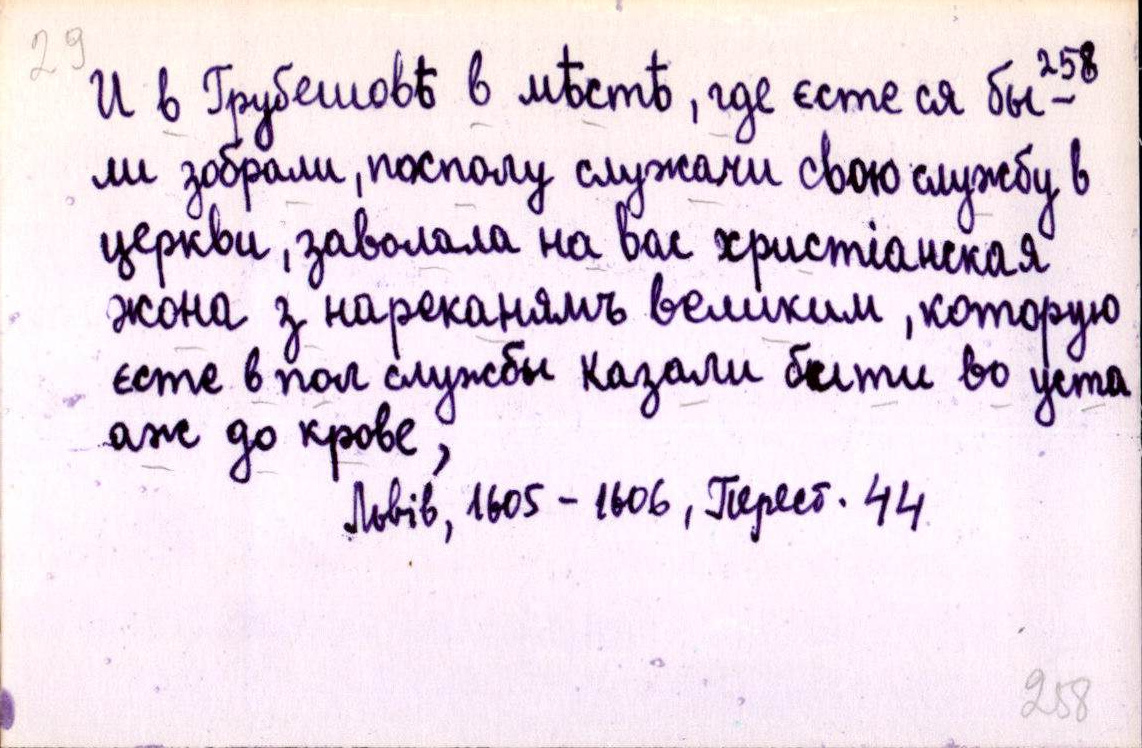
И в Грубешовѣ в мѣстѣ, где єсте ся бы-
ли зобрали, посполу служачи свою службу в
церкви, заволала на вас христіанская
жона з нареканямъ великим, которую
єсте в пол службы казали бити во уста
аж до крове,
Львів, 1605-1606, Перест. 44.